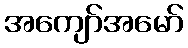
အကျော်အမော်